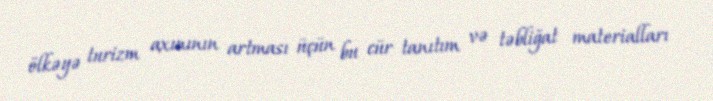
ölkəyə turizm axınının artması üçün bu cür tanıtım və təbliğat materialları